King Institute of Preventive Medicine Bacteriolog. Section reports 1907-08
Year: 1907
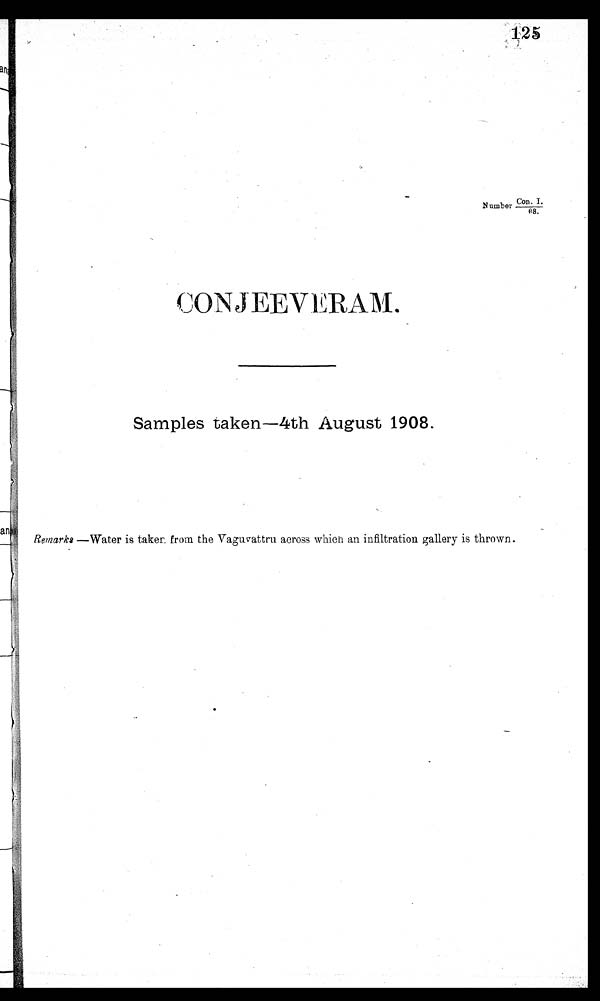
Number
Con . I.
08.
CONJEEVERAM.
Samples taken-4th August 1908.
Remarks —Water is taken, from the Vaguvattru across which an infiltration gallery is thrown.